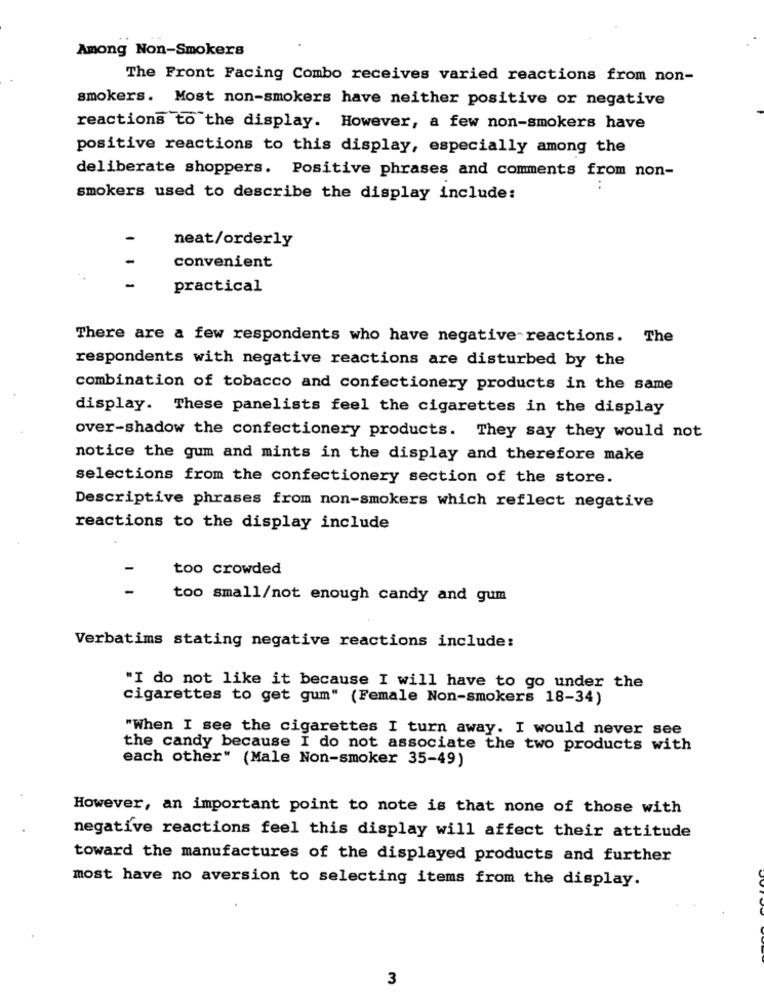
Among Non-Smokers
The Front Facing Combo receives varied reactions from non-
smokers. Most non-smokers have neither positive or negative
reactions to the display. However, a few non-smokers have
positive reactions to this display, especially among the
deliberate shoppers. Positive phrases and comments from non-
smokers used to describe the display include:
neat/orderly
convenient
practical
There are a few respondents who have negative reactions. The
respondents with negative reactions are disturbed by the
combination of tobacco and confectionery products in the same
display. These panelists feel the cigarettes in the display
over-shadow the confectionery products. They say they would not
notice the gum and mints in the display and therefore make
selections from the confectionery section of the store.
Descriptive phrases from non-smokers which reflect negative
reactions to the display include
-
too crowded
too small/not enough candy and gum
Verbatims stating negative reactions include:
"I do not like it because I will have to go under the
cigarettes to get gum" (Female Non-smokers 18-34)
"When I see the cigarettes I turn away. I would never see
the candy because I do not associate the two products with
each other" (Male Non-smoker 35-49)
However, an important point to note is that none of those with
negative reactions feel this display will affect their attitude
toward the manufactures of the displayed products and further
most have no aversion to selecting items from the display.
3